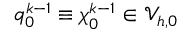
q _ { 0 } ^ { k - 1 } \equiv \boldsymbol { \chi } _ { 0 } ^ { k - 1 } \in \mathcal { V } _ { h , 0 }